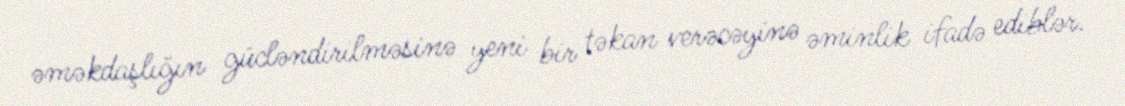
əməkdaşlığın gücləndirilməsinə yeni bir təkan verəcəyinə əminlik ifadə ediblər.